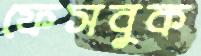
ফেসবুক